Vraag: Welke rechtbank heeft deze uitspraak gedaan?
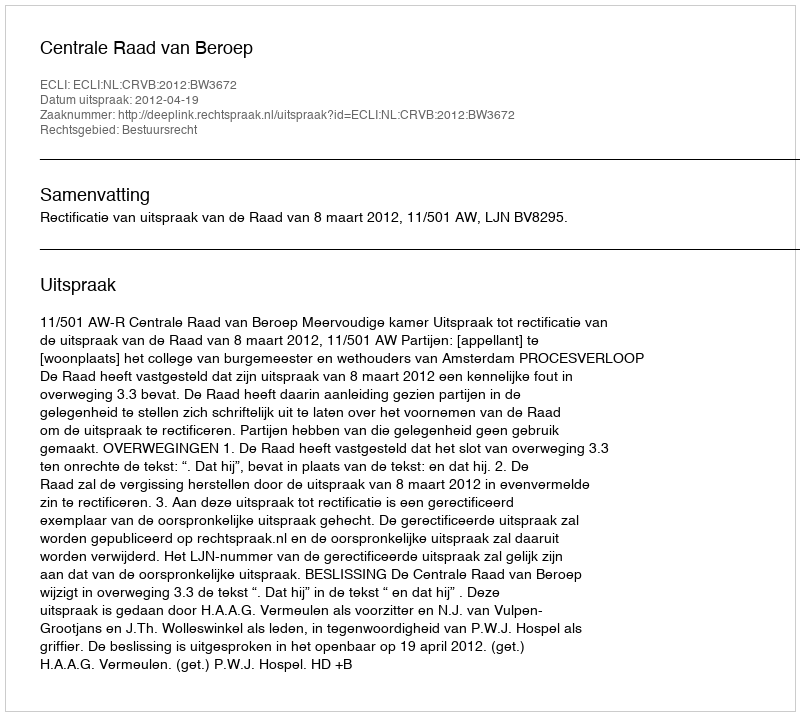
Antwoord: Centrale Raad van Beroep